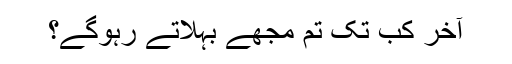
آخر کب تک تم مجھے بہلاتے رہوگے؟